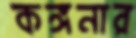
কঙ্গনার